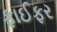
ફાઈફર